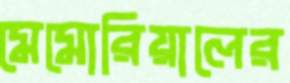
মেমোরিয়ালের